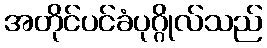
အတိုင်ပင်ခံပုဂ္ဂိုလ်သည်